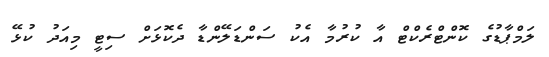
ލަމްޕާޑުގެ ކޮންޓްރެކްޓް އާ ކުރުމާ އެކު ސަންޑަލޭންޑާ ދެކޮޅަށް ސިޓީ މިއަދު ކުޅޭ